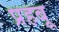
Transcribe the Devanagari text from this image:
प्रहबू